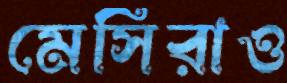
মেসিরাও